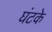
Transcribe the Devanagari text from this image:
घंटके